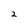
Character: 2